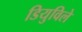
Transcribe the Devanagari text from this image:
डियुविले